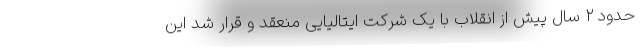
حدود ۲ سال پیش از انقلاب با یک شرکت ایتالیایی منعقد و قرار شد این